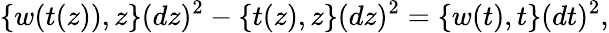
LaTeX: \{ w(t(z)),z\} (dz)^{2}-\{ t(z),z\} (dz)^{2}=\{ w(t),t\} (dt)^{2},